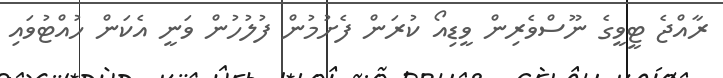
ރާއްޖެ ޓީވީގެ ނޫސްވެރިން ވީޑިއޯ ކުރަން ފެށުމުން ފުލުހުން ވަނީ އެކަން ހުއްޓުވައި